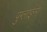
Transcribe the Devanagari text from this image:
पुग्लाईन्ग